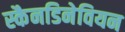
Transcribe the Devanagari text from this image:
स्कैनडिनेवियन